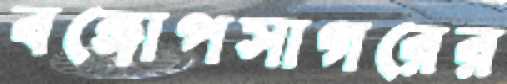
বঙ্গোপসাগরের